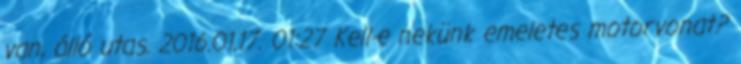
van, álló utas. 2016.01.17. 01:27 Kell-e nekünk emeletes motorvonat?